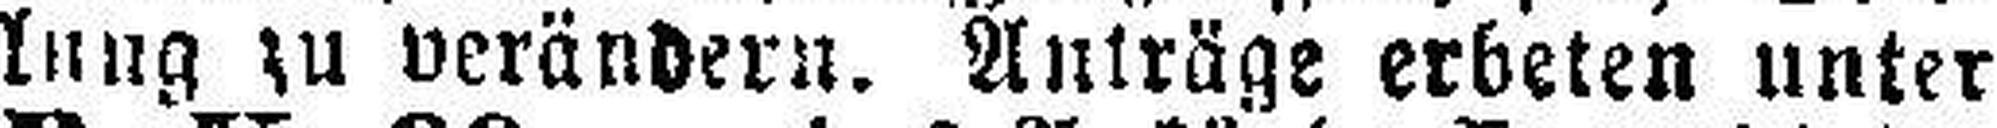
lung zu verändern. Anträge erbeten unter